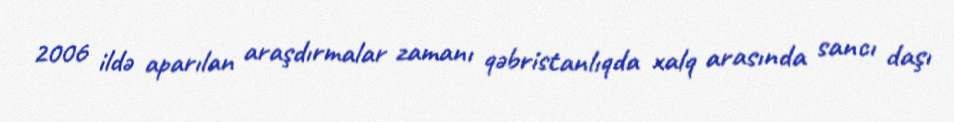
2006 ildə aparılan araşdırmalar zamanı qəbristanlıqda xalq arasında sancı daşı